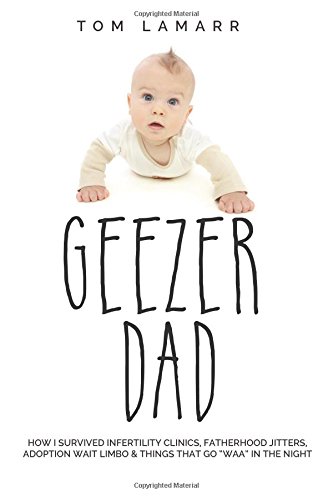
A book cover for Geezer Dad: How I Survived Infertility Clinics, Fatherhood Jitters, Adoption Wait Limbo, and Things That Go "Waaa" in the Night; Tom LaMarr; Parenting & Relationships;